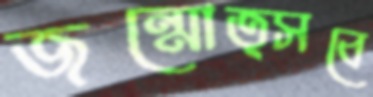
জন্মোত্সবে